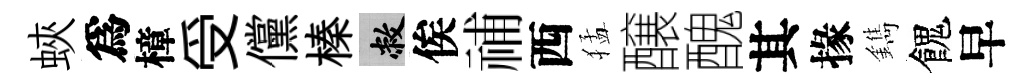
蛺爲樟受儻榛敝俟𥙷西猛醸醜其掾鐫餽早